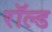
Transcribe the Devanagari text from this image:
रॉल्‍ड